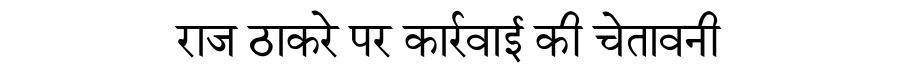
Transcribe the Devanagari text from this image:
राज ठाकरे पर कार्रवाई की चेतावनी